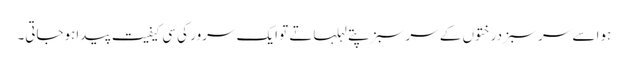
ہوا سے سر سبز درختوں کے سر سبز پتے لہلہاتے تو ایک سرور کی سی کیفیت پیداہوجاتی۔